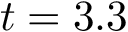
t = 3 . 3